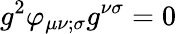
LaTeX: g^{2}\varphi_{\mu\nu;\sigma}g^{\nu\sigma}=0